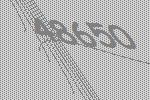
48650